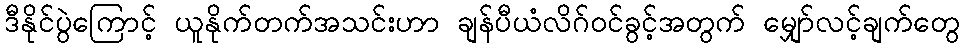
ဒီနိုင်ပွဲကြောင့် ယူနိုက်တက်အသင်းဟာ ချန်ပီယံလိဂ်ဝင်ခွင့်အတွက် မျှော်လင့်ချက်တွေ